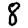
Digit: 8